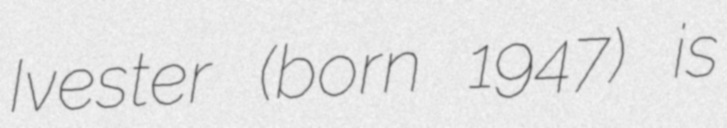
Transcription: Ivester (born 1947) is